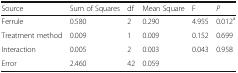
<table><thead><tr><td><b>Source</b></td><td><b>Sum of Squares</b></td><td><b>df</b></td><td><b>Mean Square</b></td><td><b>F</b></td><td><b><i>P</i></b></td></tr></thead><tbody><tr><td>Ferrule</td><td>0.580</td><td>2</td><td>0.290</td><td>4.955</td><td>0.012<sup>a</sup></td></tr><tr><td>Treatment method</td><td>0.009</td><td>1</td><td>0.009</td><td>0.152</td><td>0.699</td></tr><tr><td>Interaction</td><td>0.005</td><td>2</td><td>0.003</td><td>0.043</td><td>0.958</td></tr><tr><td>Error</td><td>2.460</td><td>42</td><td>0.059</td><td></td><td></td></tr></tbody></table>